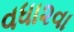
વધા૨વા